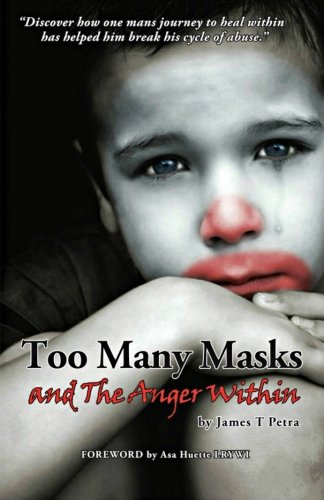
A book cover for Too Many Masks - and The Anger Within; James T Petra; Self-Help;